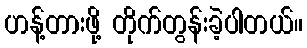
ဟန့်တားဖို့ တိုက်တွန်းခဲ့ပါတယ်။